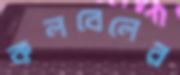
কলবেলের